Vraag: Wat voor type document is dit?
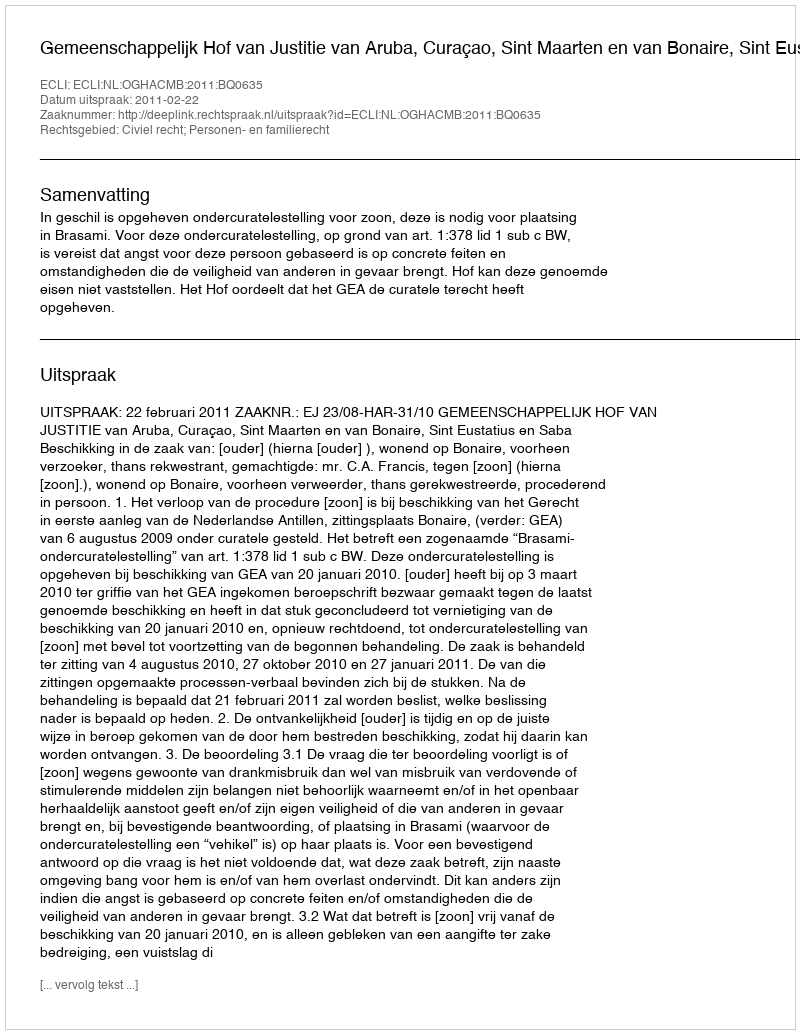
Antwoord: Uitspraak